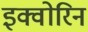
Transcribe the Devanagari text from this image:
इक्वोरिन